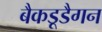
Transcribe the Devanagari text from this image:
बैकडूडैगन